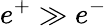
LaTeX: e^{+}\gg e^{-}